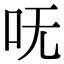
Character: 呒